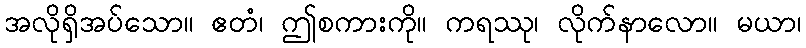
အလိုရှိအပ်သော။ ဧတံ၊ ဤစကားကို။ ကရဿု၊ လိုက်နာလော။ မယာ၊